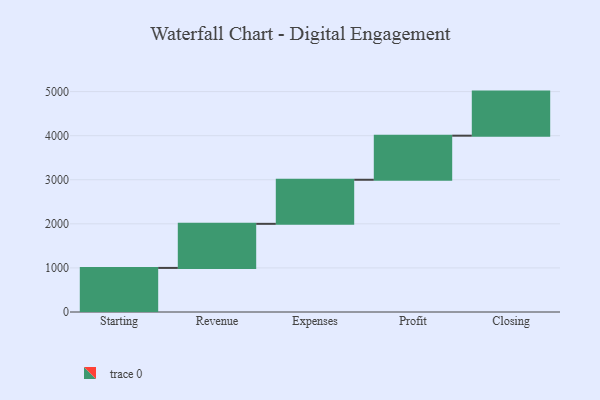
{"axis": {"x": "Step", "y": "Value"}, "legend": [""], "data": [{"x": "Starting", "y": 1000, "type": ""}, {"x": "Revenue", "y": 1000, "type": ""}, {"x": "Expenses", "y": 1000, "type": ""}, {"x": "Profit", "y": 1000, "type": ""}, {"x": "Closing", "y": 1000, "type": ""}]}